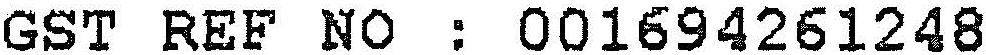
GST REF NO : 001694261248